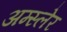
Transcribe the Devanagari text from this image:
अम्स्लेर